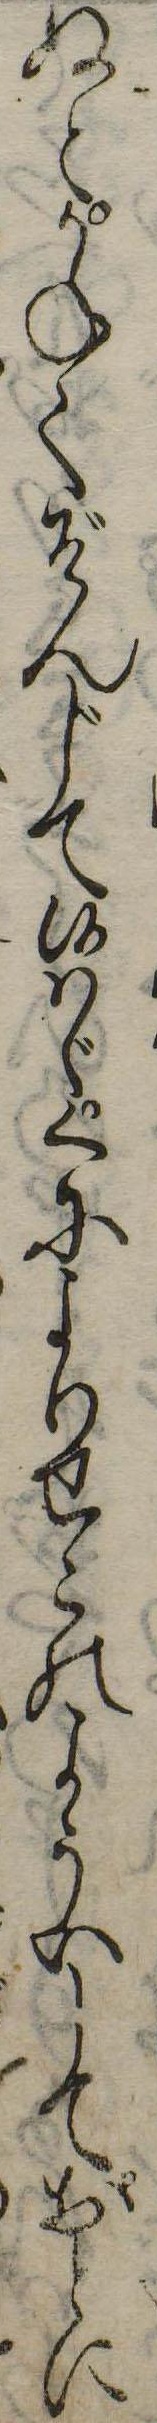
ぬとかねてぞんじて候はゞくによりせこのよういしておとに